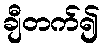
ချီတက်၍